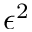
\epsilon ^ { 2 }